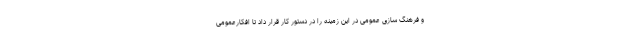
و فرهنگ سازی عمومی در این زمینه را در دستور کار قرار داد تا افکارعمومی